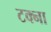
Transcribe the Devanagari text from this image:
टक्ना